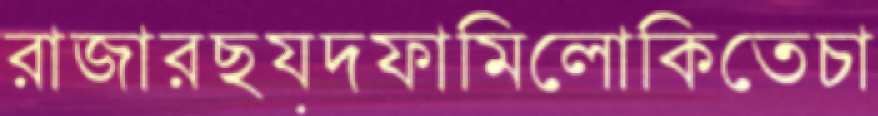
রাজারছয়দফামিলোকিতেচা